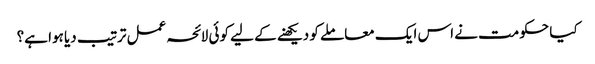
کیا حکومت نے اس ایک معاملے کو دیکھنے کے لیے کوئی لائحہ عمل ترتیب دیا ہوا ہے؟